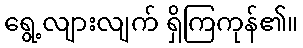
ရွေ့လျားလျက် ရှိကြကုန်၏။